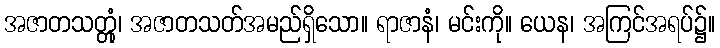
အဇာတသတ္တုံ၊ အဇာတသတ်အမည်ရှိသော။ ရာဇာနံ၊ မင်းကို။ ယေန၊ အကြင်အရပ်၌။